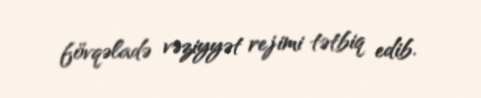
fövqəladə vəziyyət rejimi tətbiq edib.